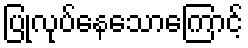
ပြုလုပ်နေသောကြောင့်